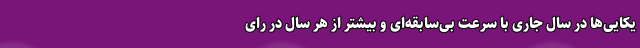
یکایی‌ها در سال جاری با سرعت بی‌سابقه‌ای و بیشتر از هر سال در رای